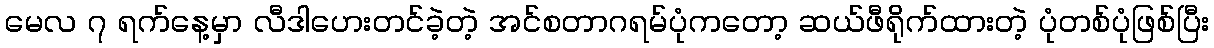
မေလ ၇ ရက်နေ့မှာ လီဒါဟေးတင်ခဲ့တဲ့ အင်စတာဂရမ်ပုံကတော့ ဆယ်ဖီရိုက်ထားတဲ့ ပုံတစ်ပုံဖြစ်ပြီး